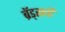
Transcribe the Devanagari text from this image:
ब्रॅड्सची